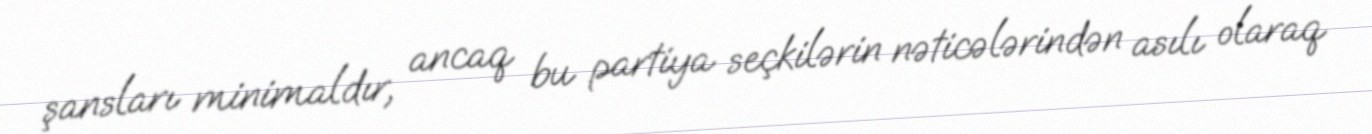
şansları minimaldır, ancaq bu partiya seçkilərin nəticələrindən asılı olaraq